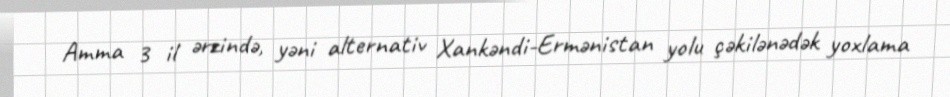
Amma 3 il ərzində, yəni alternativ Xankəndi-Ermənistan yolu çəkilənədək yoxlama